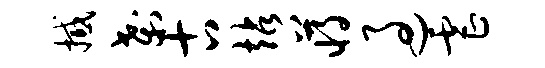
撼刹古站蒋过虐